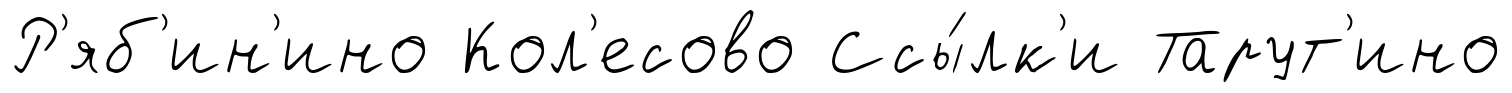
Р'яб'ин'ино Кол'есово Ссы́лк'и Тарут'ино